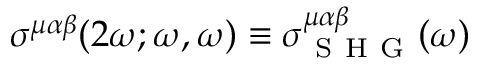
\sigma ^ { \mu \alpha \beta } ( 2 \omega ; \omega , \omega ) \equiv \sigma _ { \mathrm { ~ S ~ H ~ G ~ } } ^ { \mu \alpha \beta } ( \omega )